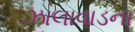
ઝાલાવાડના